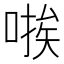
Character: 𫫃